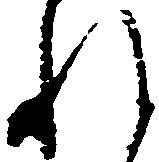
れ